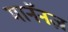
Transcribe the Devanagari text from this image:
मानॅनज़